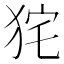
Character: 𤞌